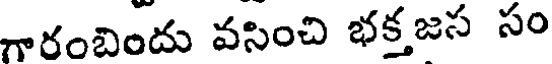
గారంబిందు వసించి భక్త జస సం